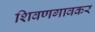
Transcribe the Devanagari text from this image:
शिवणगावकर